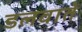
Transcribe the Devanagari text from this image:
डलवाते